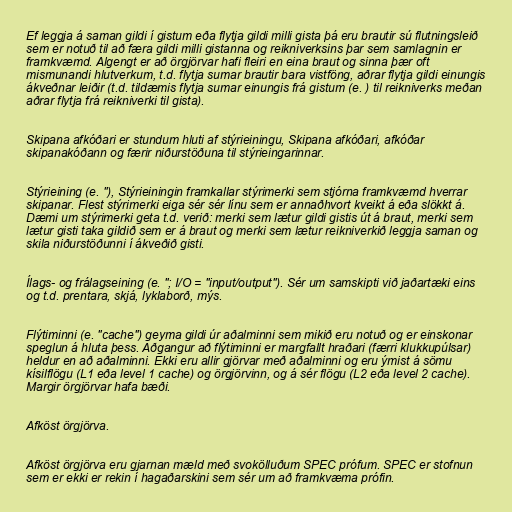
Ef leggja á saman gildi í gistum eða flytja gildi milli gista þá eru brautir sú flutningsleið
sem er notuð til að færa gildi milli gistanna og reikniverksins þar sem samlagnin er
framkvæmd. Algengt er að örgjörvar hafi fleiri en eina braut og sinna þær oft
mismunandi hlutverkum, t.d. flytja sumar brautir bara vistföng, aðrar flytja gildi einungis
ákveðnar leiðir (t.d. tildæmis flytja sumar einungis frá gistum (e. ) til reikniverks meðan
aðrar flytja frá reikniverki til gista).

Skipana afkóðari er stundum hluti af stýrieiningu, Skipana afkóðari, afkóðar
skipanakóðann og færir niðurstöðuna til stýrieingarinnar.

Stýrieining (e. "), Stýrieiningin framkallar stýrimerki sem stjórna framkvæmd hverrar
skipanar. Flest stýrimerki eiga sér sér línu sem er annaðhvort kveikt á eða slökkt á.
Dæmi um stýrimerki geta t.d. verið: merki sem lætur gildi gistis út á braut, merki sem
lætur gisti taka gildið sem er á braut og merki sem lætur reikniverkið leggja saman og
skila niðurstöðunni í ákveðið gisti.

Ílags- og frálagseining (e. "; I/O = "input/output"). Sér um samskipti við jaðartæki eins
og t.d. prentara, skjá, lyklaborð, mýs.

Flýtiminni (e. "cache") geyma gildi úr aðalminni sem mikið eru notuð og er einskonar
speglun á hluta þess. Aðgangur að flýtiminni er margfallt hraðari (færri klukkupúlsar)
heldur en að aðalminni. Ekki eru allir gjörvar með aðalminni og eru ýmist á sömu
kísilflögu (L1 eða level 1 cache) og örgjörvinn, og á sér flögu (L2 eða level 2 cache).
Margir örgjörvar hafa bæði.

Afköst örgjörva.

Afköst örgjörva eru gjarnan mæld með svokölluðum SPEC prófum. SPEC er stofnun
sem er ekki er rekin í hagaðarskini sem sér um að framkvæma prófin.